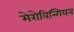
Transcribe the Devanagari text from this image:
मेरोविन्गियन